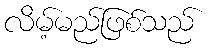
လိမ့်မည်ဖြစ်သည်